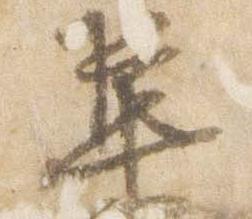
集